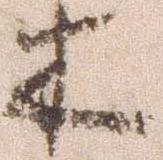
木